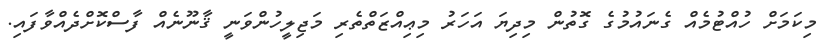
މިކަމަށް ހުއްޓުމެއް ގެނައުމުގެ ގޮތުން މިދިޔަ އަހަރު މިޢިއްޒަތްތެރި މަޖިލީހުންވަނީ ޤާނޫނެއް ފާސްކޮށްދެއްވާފައި.